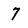
Character: 7